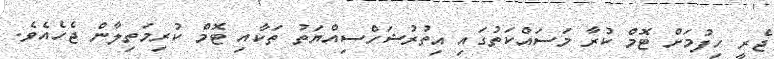
ޖެރީ ހިފުމަށް ޓޮމް ކުރާ މަސައްކަތުގައި އިތުރުޝަހްސިއްޔަތު ތަކާއި ޓޮމް ކުރިމަތިލާން ޖެހެއެވެ.